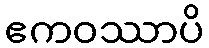
ဧကဝဿာပိ